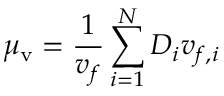
\mu _ { \mathrm { v } } = \frac { 1 } { v _ { f } } \sum _ { i = 1 } ^ { N } D _ { i } v _ { f , i }